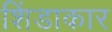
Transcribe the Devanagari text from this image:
शिंडाकार